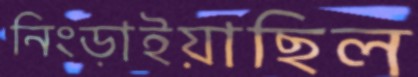
নিংড়াইয়াছিল